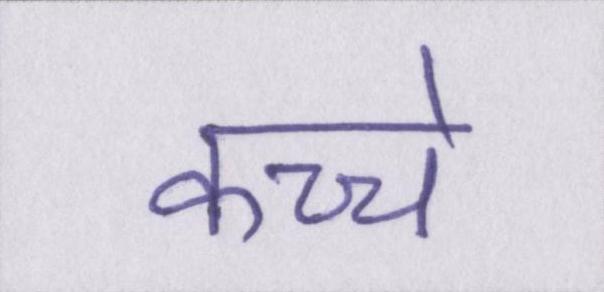
कच्चे